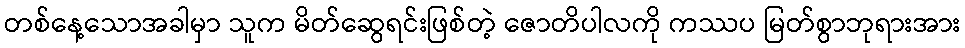
တစ်နေ့သောအခါမှာ သူက မိတ်ဆွေရင်းဖြစ်တဲ့ ဇောတိပါလကို ကဿပ မြတ်စွာဘုရားအား